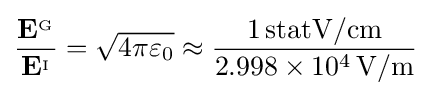
{\frac {\mathbf {E} ^{_{\mathrm {G} }}}{\mathbf {E} ^{_{\mathrm {I} }}}}={\sqrt {4\pi \varepsilon _{0}}}\approx {\frac {1\,\mathrm {statV/cm} }{2.998\times 10^{4}\,\mathrm {V/m} }}